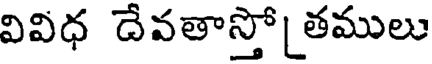
వివిధ దేవతాస్తో తములు